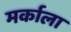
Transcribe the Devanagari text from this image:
मर्काला